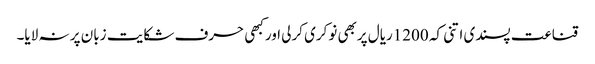
قناعت پسندی اتنی کہ 1200ریال پربھی نوکری کرلی اورکبھی حرف شکایت زبان پر نہ لایا۔